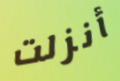
أنزلت